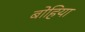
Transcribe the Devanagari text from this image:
बोहिया